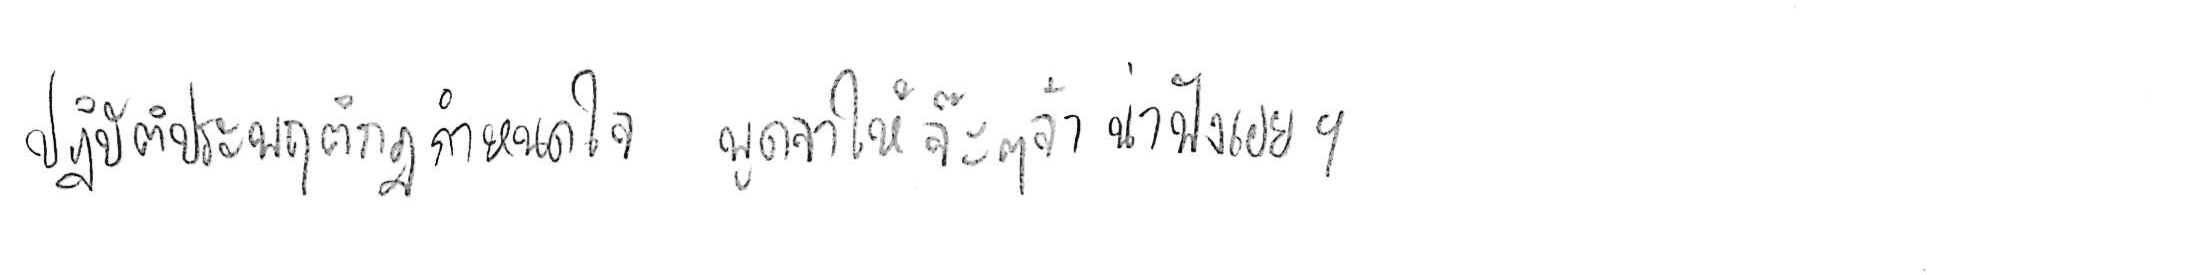
ปฏิบัติประพฤติกฎกำหนดใจ พูดจาให้จ๊ะๆ จ๋า น่าฟังเอยฯ